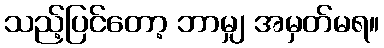
သည့်ပြင်တော့ ဘာမျှ အမှတ်မရ။